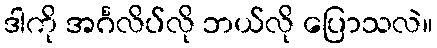
ဒါကို အင်္ဂလိပ်လို ဘယ်လို ပြောသလဲ။